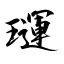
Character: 璭